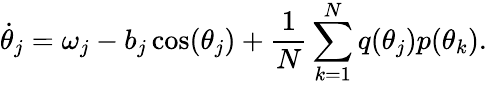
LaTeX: \dot{\theta}_{j}=\omega_{j}-b_{j}\cos(\theta_{j})+\frac{1}{N}\sum_{k=1}^{N}q(\theta_{j})p(\theta_{k}).